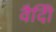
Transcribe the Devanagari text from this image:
वैदीि